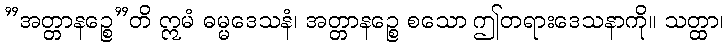
”အတ္တာနဉ္စေ”တိ ဣမံ ဓမ္မဒေသနံ၊ အတ္တာနဉ္စေ စသော ဤတရားဒေသနာကို။ သတ္ထာ၊